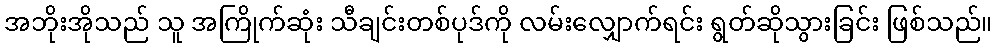
အဘိုးအိုသည် သူ အကြိုက်ဆုံး သီချင်းတစ်ပုဒ်ကို လမ်းလျှောက်ရင်း ရွတ်ဆိုသွားခြင်း ဖြစ်သည်။